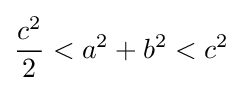
{\frac {c^{2}}{2}}<a^{2}+b^{2}<c^{2}